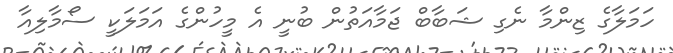
ހަމަލާގެ ޒިންމާ ނެގި ޝަބާބް ޖަމާއަތުން ބުނީ އެ މީހުންގެ އަމަލަކީ ސޯމާލިއާ